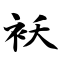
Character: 袄